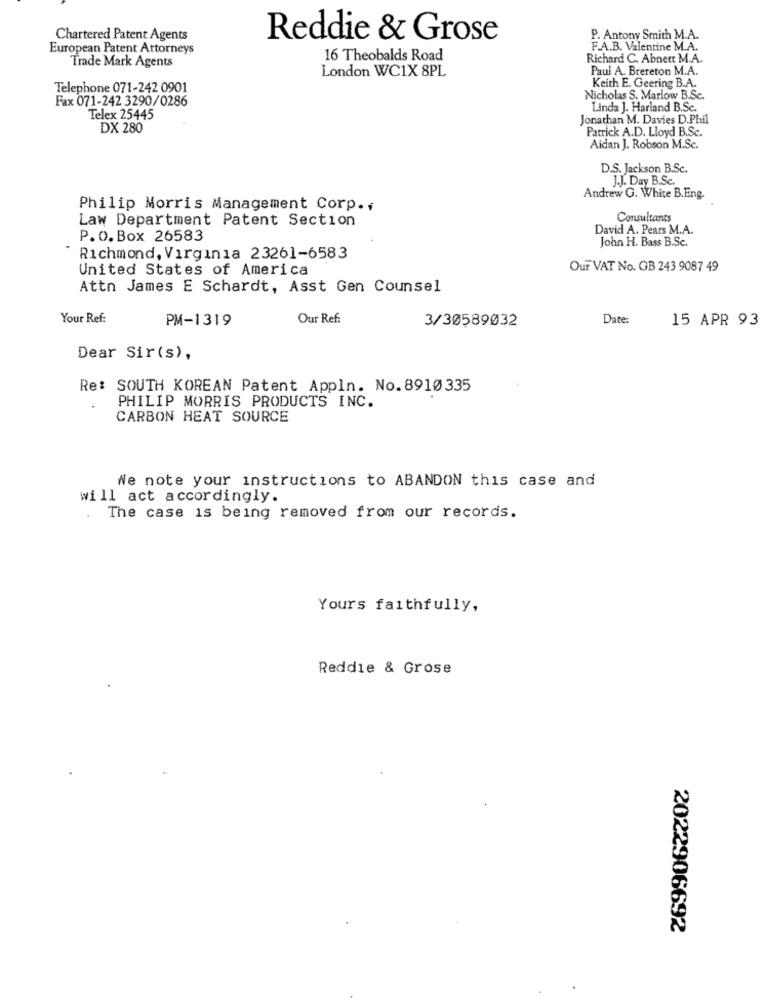
Chartered Patent Agents
Reddie & Grose
P. Antony Smith M.A.
European Patent Attorneys
F.A.B. Valentine M.A.
Trade Mark Agents
16 Theobalds Road
Richard C. Abnett M.A.
London WC1X 8PL
Paul A. Brereton M.A.
Telephone 071-242 0901
Keith E. Geering B.A.
Fax 071-242 3290/0286
Nicholas S. Marlow B.Sc.
Linda J. Harland B.Sc.
Telex 25445
Jonathan M. Davies D.Phil
DX 280
Patrick A.D. Lloyd B.Sc.
Aidan J. Robson M.Sc.
D.S. Jackson B.Sc.
J.J. Day B.Sc.
Andrew G. White B.Eng.
Philip Morris Management Corp ..
Law Department Patent Section
Consultants
David A. Pears M.A.
P.O. Box 26583
John H. Bass B.Sc.
Richmond, Virginia 23261-6583
United States of America
Our VAT No. GB 243 9087 49
Attn James E Schardt, Asst Gen Counsel
Your Ref:
PM-1319
Our Ref:
3/30589032
Date:
15 APR 93
Dear Sir(s),
Re: SOUTH KOREAN Patent Appln. No. 8910 335
PHILIP MORRIS PRODUCTS INC.
CARBON HEAT SOURCE
We note your instructions to ABANDON this case and
will act accordingly.
The case is being removed from our records.
Yours faithfully,
Reddie & Grose
2022906692